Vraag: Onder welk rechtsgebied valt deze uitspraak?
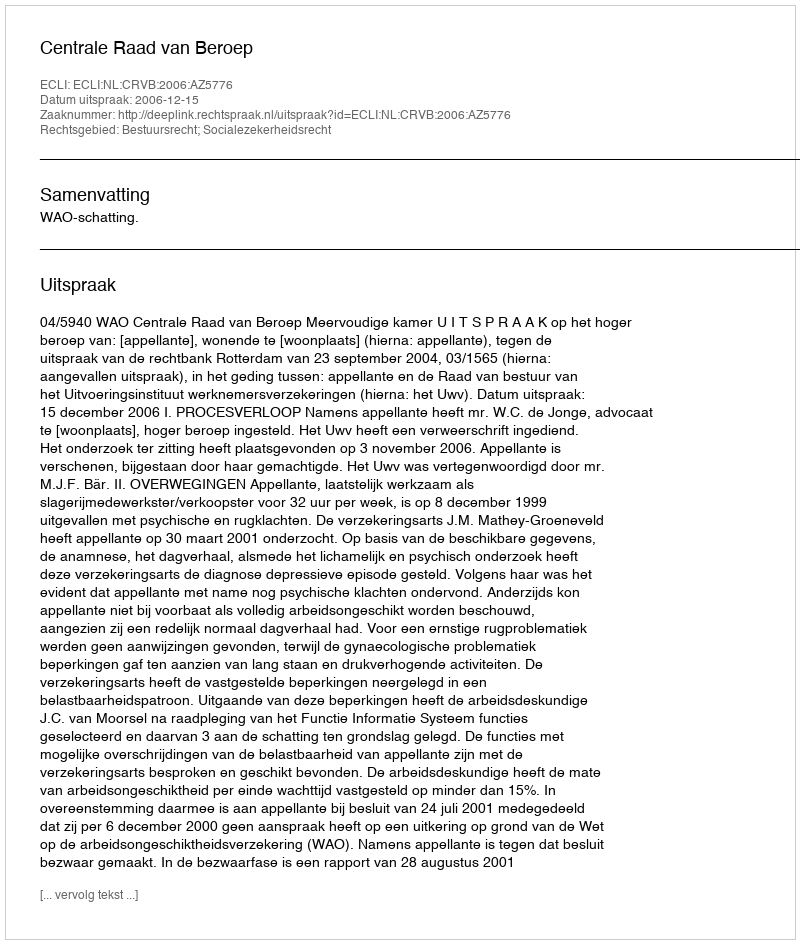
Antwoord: Bestuursrecht; Socialezekerheidsrecht